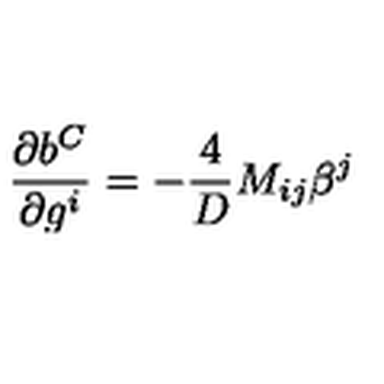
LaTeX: \frac { \partial b ^ { C } } { \partial g ^ { i } } = - \frac { 4 } { D } { M } _ { i j } \beta ^ { j }